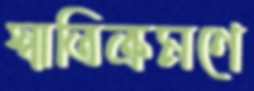
স্বাতিক্রমণে